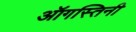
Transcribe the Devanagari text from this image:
ऑगस्तिनी